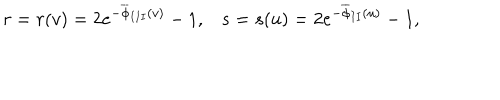
r = r ( v ) = 2 e ^ { - \overline { { { \phi } } } _ { I I I } ( v ) } - 1 , s = s ( u ) = 2 e ^ { - \overline { { { \phi } } } _ { I I } ( u ) } - 1 , \; \;